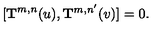
[ { \bf T } ^ { m , n } ( u ) , { \bf T } ^ { m , n ^ { \prime } } ( v ) ] = 0 .